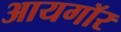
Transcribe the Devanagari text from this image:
आयगॉर